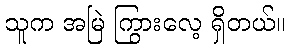
သူက အမြဲ ကြွားလေ့ ရှိတယ်။